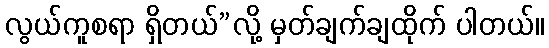
လွယ်ကူစရာ ရှိတယ်”လို့ မှတ်ချက်ချထိုက် ပါတယ်။